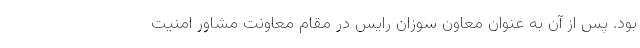
بود. پس از آن به عنوان معاون سوزان رایس در مقام معاونت مشاور امنیت